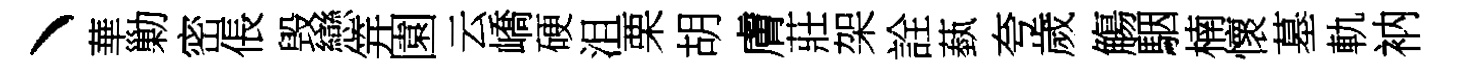
丶華勦密倀毁戀笄園云嶠硬沮栗胡膚莊架詮蓺夸歲觴駰楠懷墓軌衲